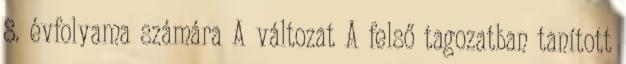
8. évfolyama számára A változat A felső tagozatban tanított